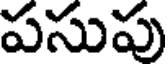
పసుపు